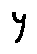
y